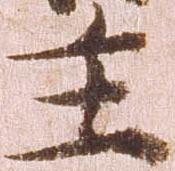
主